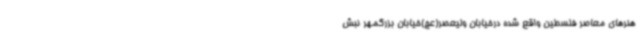
هنرهای معاصر فلسطین واقع شده درخیابان ولیعصر(عج)خیابان بزرگمهر نبش